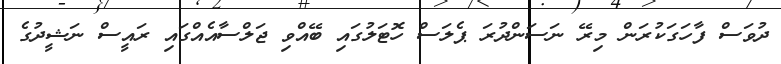
ދުވަސް ފާހަގަކުރަން މިރޭ ނަސަންދުރަ ޕެލަސް ހޮޓަލުގައި ބޭއްވި ޖަލްސާއެއްގައި ރައީސް ނަޝީދުގެ